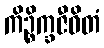
ကိဉ္စိက္ခဇီဝိတံ